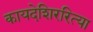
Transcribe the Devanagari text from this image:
कायदेशिररित्या